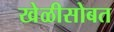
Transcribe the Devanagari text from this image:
खेळीसोबत